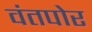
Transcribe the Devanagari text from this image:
वंतपोर